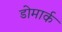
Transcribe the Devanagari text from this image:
डोमार्क